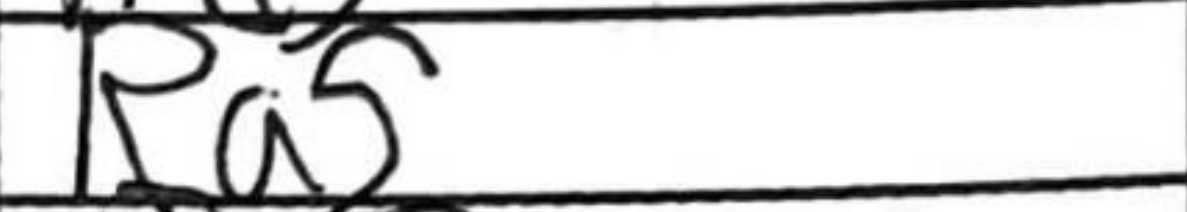
Transcription: Ra5